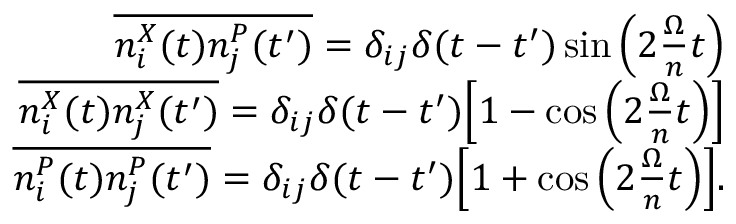
\begin{array} { r l r } & { } & { \overline { { n _ { i } ^ { X } ( t ) n _ { j } ^ { P } ( t ^ { \prime } ) } } = \delta _ { i j } \delta ( t - t ^ { \prime } ) \sin \Big ( 2 \frac { \Omega } { n } t \Big ) } \\ & { } & { \overline { { n _ { i } ^ { X } ( t ) n _ { j } ^ { X } ( t ^ { \prime } ) } } = \delta _ { i j } \delta ( t - t ^ { \prime } ) \Big [ 1 - \cos \Big ( 2 \frac { \Omega } { n } t \Big ) \Big ] } \\ & { } & { \overline { { n _ { i } ^ { P } ( t ) n _ { j } ^ { P } ( t ^ { \prime } ) } } = \delta _ { i j } \delta ( t - t ^ { \prime } ) \Big [ 1 + \cos \Big ( 2 \frac { \Omega } { n } t \Big ) \Big ] . } \end{array}